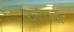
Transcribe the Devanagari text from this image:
दहीबा